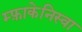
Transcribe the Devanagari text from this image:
म्फ़ाकेनिस्वा